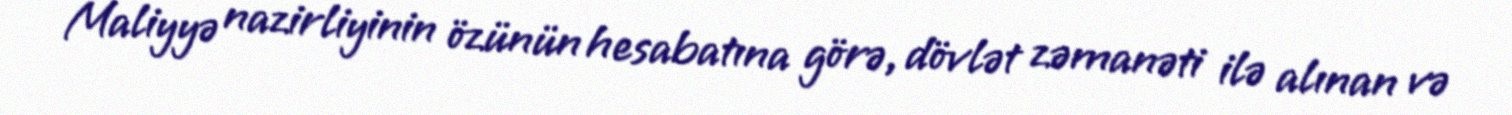
Maliyyə nazirliyinin özünün hesabatına görə, dövlət zəmanəti ilə alınan və